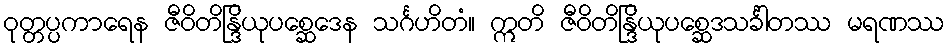
ဝုတ္တပ္ပကာရေန ဇီဝိတိန္ဒြိယုပစ္ဆေဒေန သင်္ဂဟိတံ။ ဣတိ ဇီဝိတိန္ဒြိယုပစ္ဆေဒသင်္ခါတဿ မရဏဿ